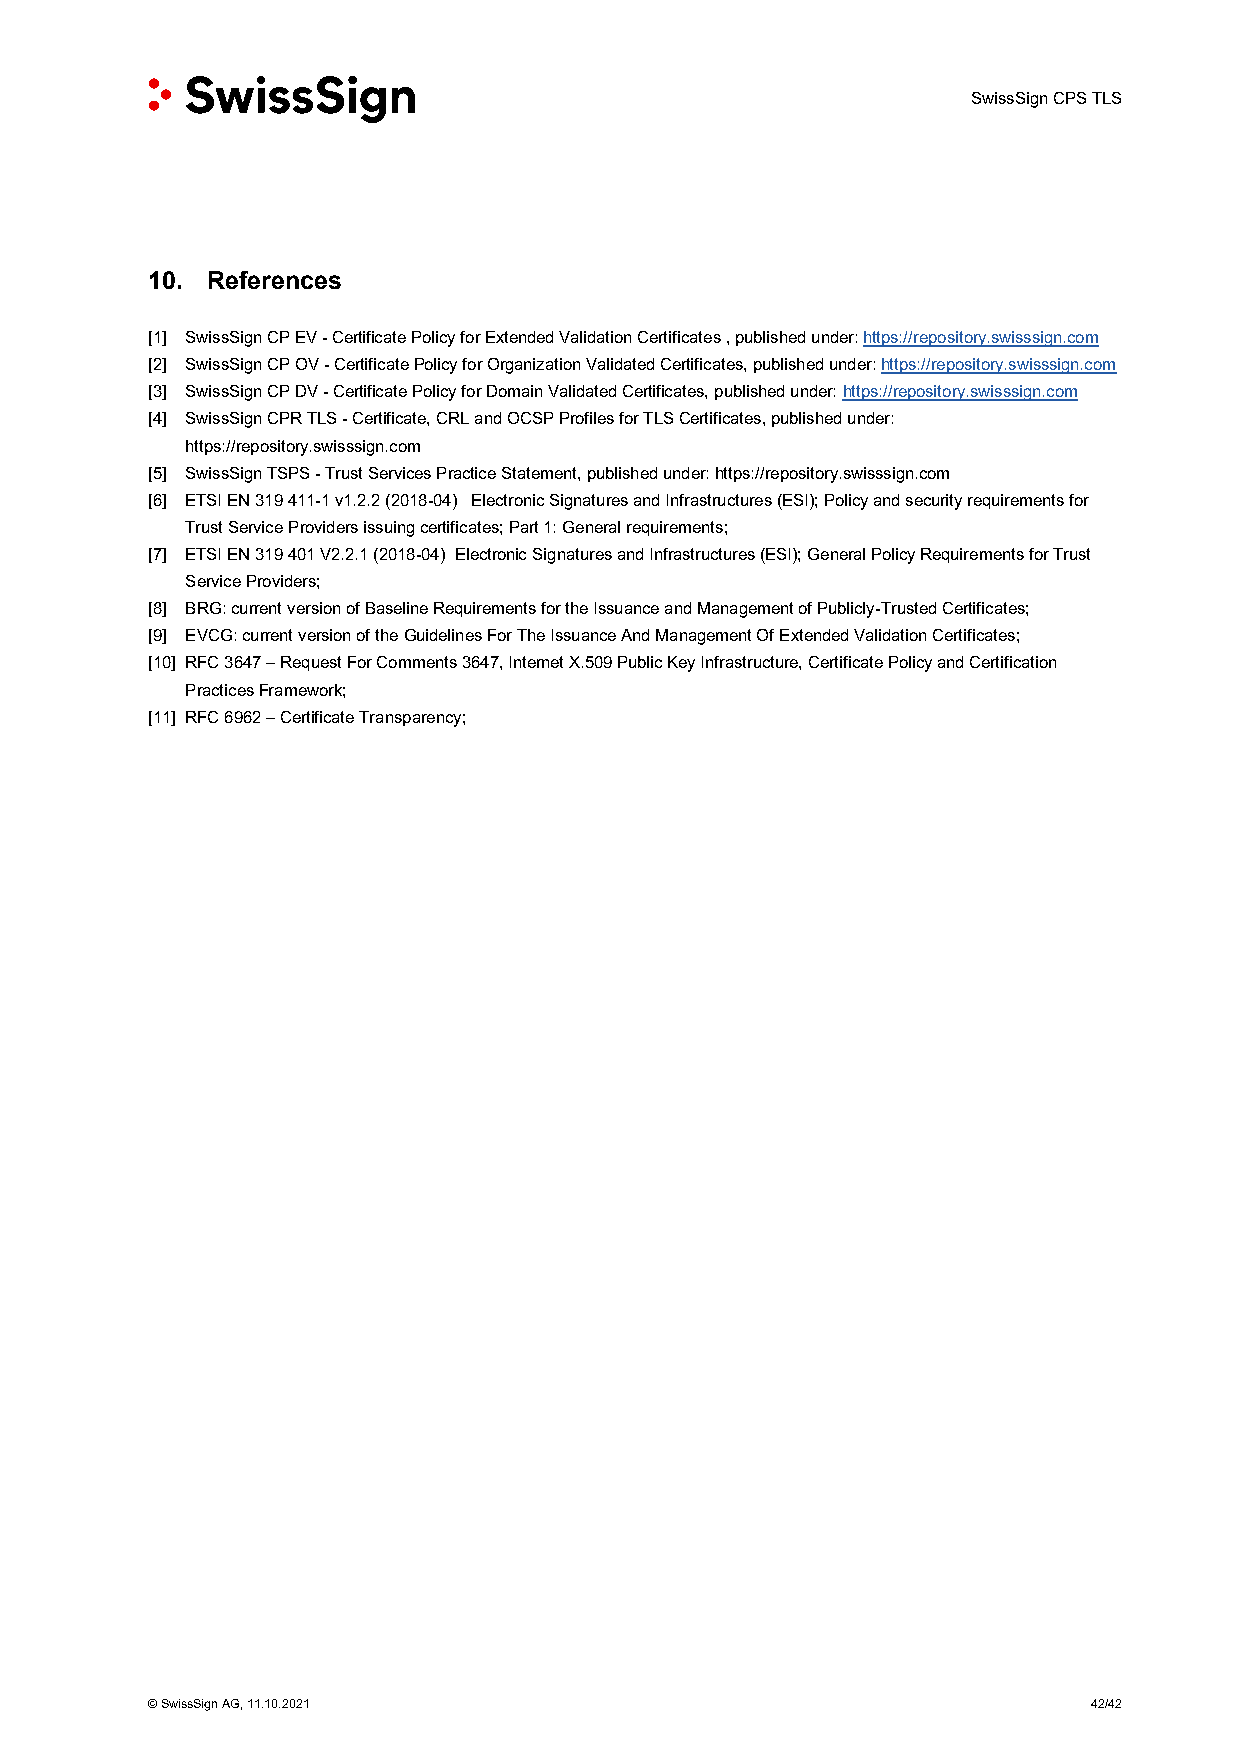
SwissSign CPS TLS
 10. References
 [1] SwissSign CP EV - Certificate Policy for Extended Validation Certificates , published under: https://repository.swisssign.com
 [2] SwissSign CP OV - Certificate Policy for Organization Validated Certificates, published under: https://repository.swisssign.com
 [3] SwissSign CP DV - Certificate Policy for Domain Validated Certificates, published under: https://repository.swisssign.com
 [4] SwissSign CPR TLS - Certificate, CRL and OCSP Profiles for TLS Certificates, published under:
 https://repository.swisssign.com
 [5] SwissSign TSPS - Trust Services Practice Statement, published under: https://repository.swisssign.com
 [6] ETSI EN 319 411-1 v1.2.2 (2018-04) Electronic Signatures and Infrastructures (ESI); Policy and security requirements for
 Trust Service Providers issuing certificates; Part 1: General requirements;
 [7] ETSI EN 319 401 V2.2.1 (2018-04) Electronic Signatures and Infrastructures (ESI); General Policy Requirements for Trust
 Service Providers;
 [8] BRG: current version of Baseline Requirements for the Issuance and Management of Publicly-Trusted Certificates;
 [9] EVCG: current version of the Guidelines For The Issuance And Management Of Extended Validation Certificates;
 [10] RFC 3647 – Request For Comments 3647, Internet X.509 Public Key Infrastructure, Certificate Policy and Certification
 Practices Framework;
 [11] RFC 6962 – Certificate Transparency;
 © SwissSign AG, 11.10.2021                                    42/42